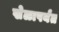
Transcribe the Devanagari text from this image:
खेळापर्यंत